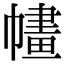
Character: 𢄶